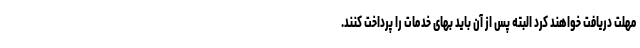
مهلت دریافت خواهند کرد البته پس از آن باید بهای خدمات را پرداخت کنند.